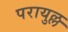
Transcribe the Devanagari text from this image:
परायुल्ल